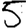
Digit: 5